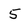
Character: 5